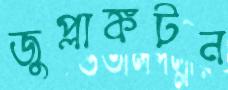
জুপ্লাঙ্কটন